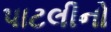
પાટલીનો